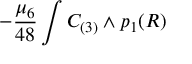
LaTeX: - { \frac { \mu _ { 6 } } { 4 8 } } \int C _ { ( 3 ) } \wedge p _ { 1 } ( { \cal R } )